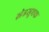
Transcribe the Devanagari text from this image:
स्नेहसूचक